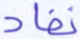
نفاد